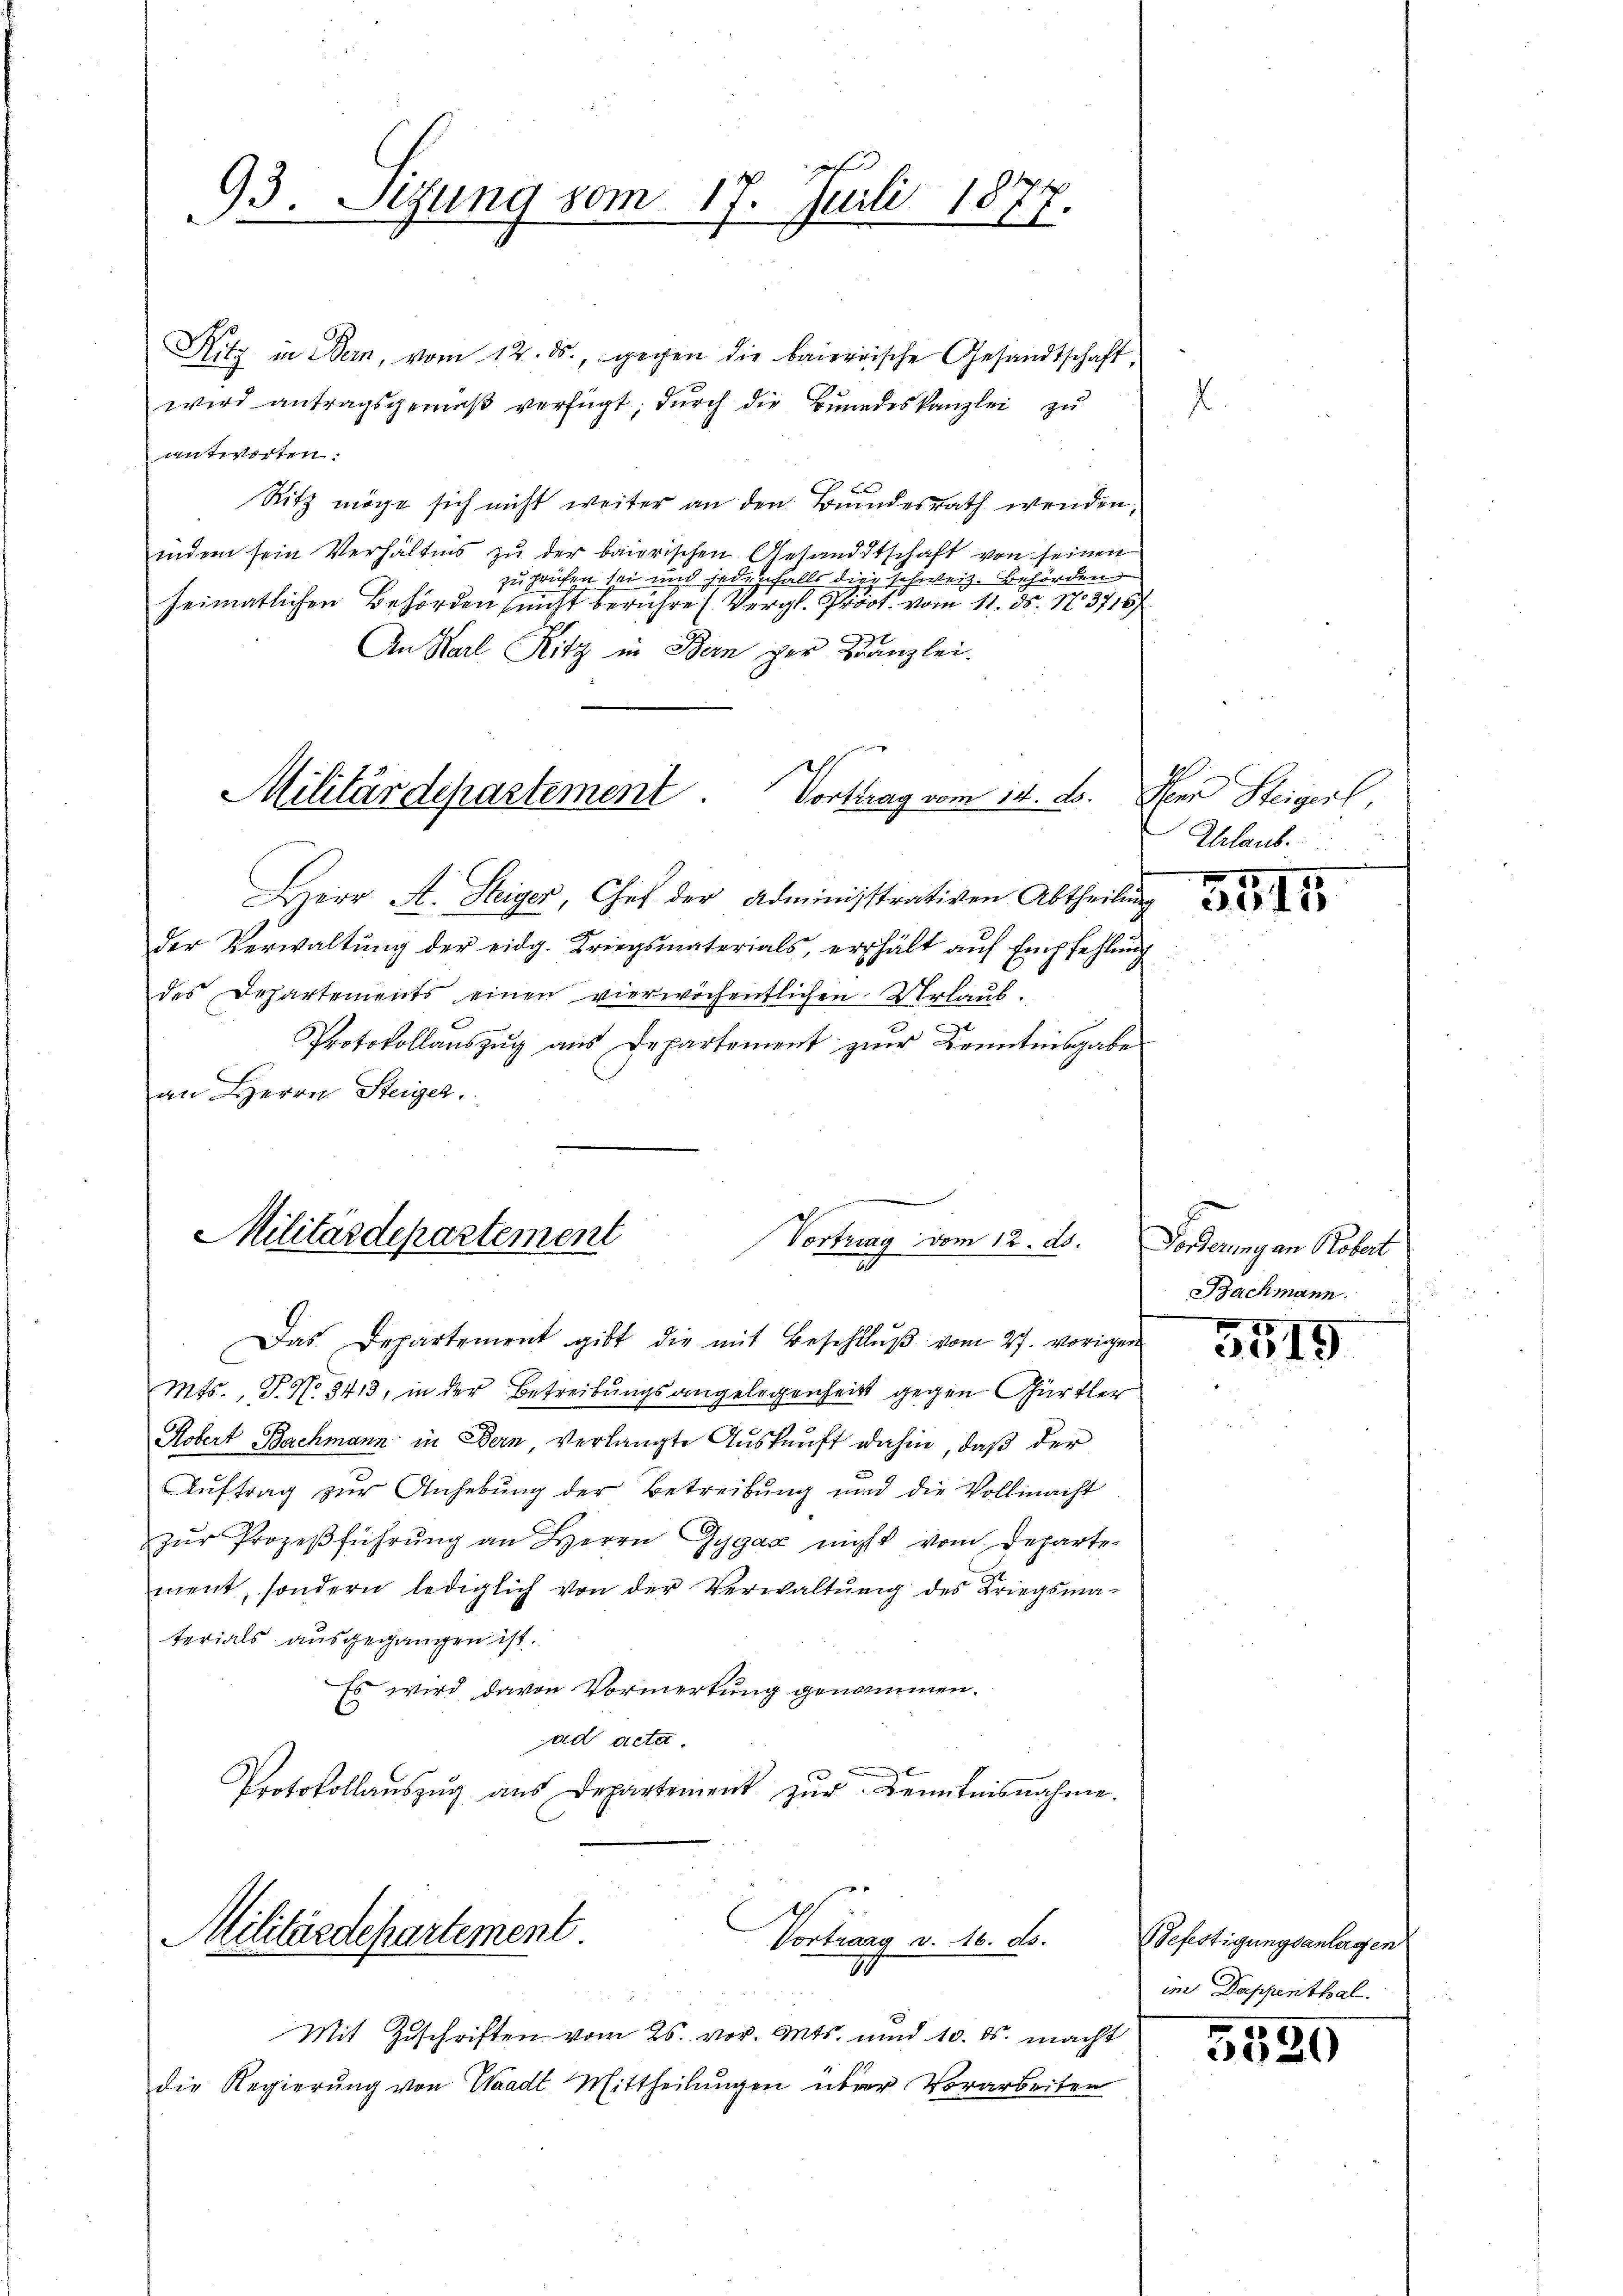
93. Sizung vom 17. Juli 1877.

Hitz in Bern, vom 12. ds., gegen die baierische Gesandtschaft,
wird antragsgemäβ verfügt, dŭrch die Bŭndeskanzlei zŭ
antworten.
Ritz möge sich nicht weiter an den Bundesrath wenden,
indem sein Verhältnis zu der bairischen Gesandtschaft von seinen
zuprüfen sei und jedenfalls die schweiz. Behörden
heimatlichen Behörden sucht berühre (Vergl. Pr. vom 11. ds. 13718/
An Karl Ritz in Bern der Kanzlei.
Militärdepartement. Vortrag vom 14. ds.
Herr A. Steiger Chef der Adminisstrativen Abtheilŭng
der Verwaltŭng der eidg. Kriegsmaterials, erhält aŭf Empfehlŭng
des Departements einen vierwöchentlichen Urlaub.
Protokollaŭszŭg aŭs Departement zŭr Kenntnisgabe
an Herrn Steigel.

Militärdepartement
Vortrag vom 12. ds.

Das Departement gibt die mit Beschlŭβ vom 27. vorigen
Mts. P. N. 8413, in der Betreibungsangelegenheits gegen Gürtler
Kobert Bachmann in Bern verlangte Auskunft dahin, daß der
Aŭftrag zŭr Anhebung der Betreibung und die Vollmacht
zŭr Prozeβführŭng an Herrn Gygax nicht vom Departe-
ment, sondern lediglich von der Verwaltŭng des Kriegsma-
terials ausgegangen ist.
Es wird davon Vormerkung genommen.
ad acta
Protokollaŭszŭg aŭs Departement zŭr Kenntnisnahme.

Militärdepartement
Vortrang d. 10. ds.
71

Mit Zuschriften vom 25. vor. Mts. und 10. ds. macht
die Regierung von Waadt Mittheilungen über Vorarbeiten

H
Aen Steigerl
Urlaub.

3515

Forderung an Robert
Bachmann.

8
319

Befestigungsanlagen
im Dappenthal.

5320